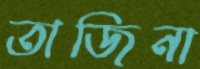
তাজিনা